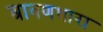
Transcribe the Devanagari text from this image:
श्रावणधारा